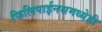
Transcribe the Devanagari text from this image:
फिलिपाईनसमध्येही